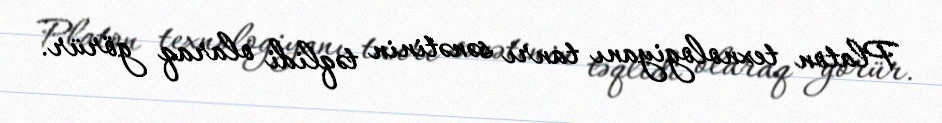
Platon texnologiyanı tanrı sənətinin təqlidi olaraq görür.